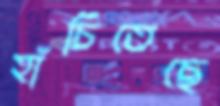
হাঁচিতেছে